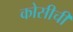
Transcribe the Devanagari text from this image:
कोसीची